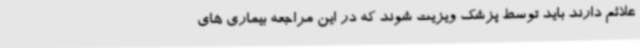
علائم دارند باید توسط پزشک ویزیت شوند که در این مراجعه بیماری های